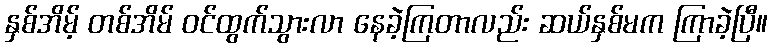
နှစ်အိမ့် တစ်အိမ် ဝင်ထွက်သွားလာ နေခဲ့ကြတာလည်း ဆယ်နှစ်မက ကြာခဲ့ပြီ။